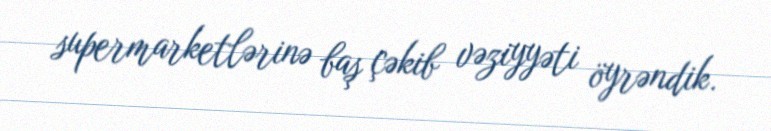
supermarketlərinə baş çəkib vəziyyəti öyrəndik.